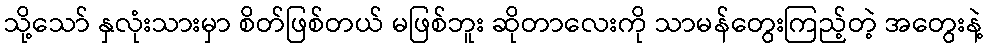
သို့သော် နှလုံးသားမှာ စိတ်ဖြစ်တယ် မဖြစ်ဘူး ဆိုတာလေးကို သာမန်တွေးကြည့်တဲ့ အတွေးနဲ့